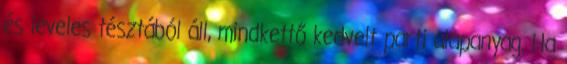
és leveles tésztából áll, mindkettő kedvelt parti alapanyag. Ha